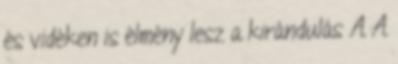
és vidéken is élmény lesz a kirándulás A A